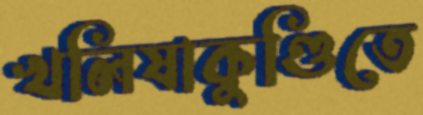
খলিষাকুণ্ডিতে